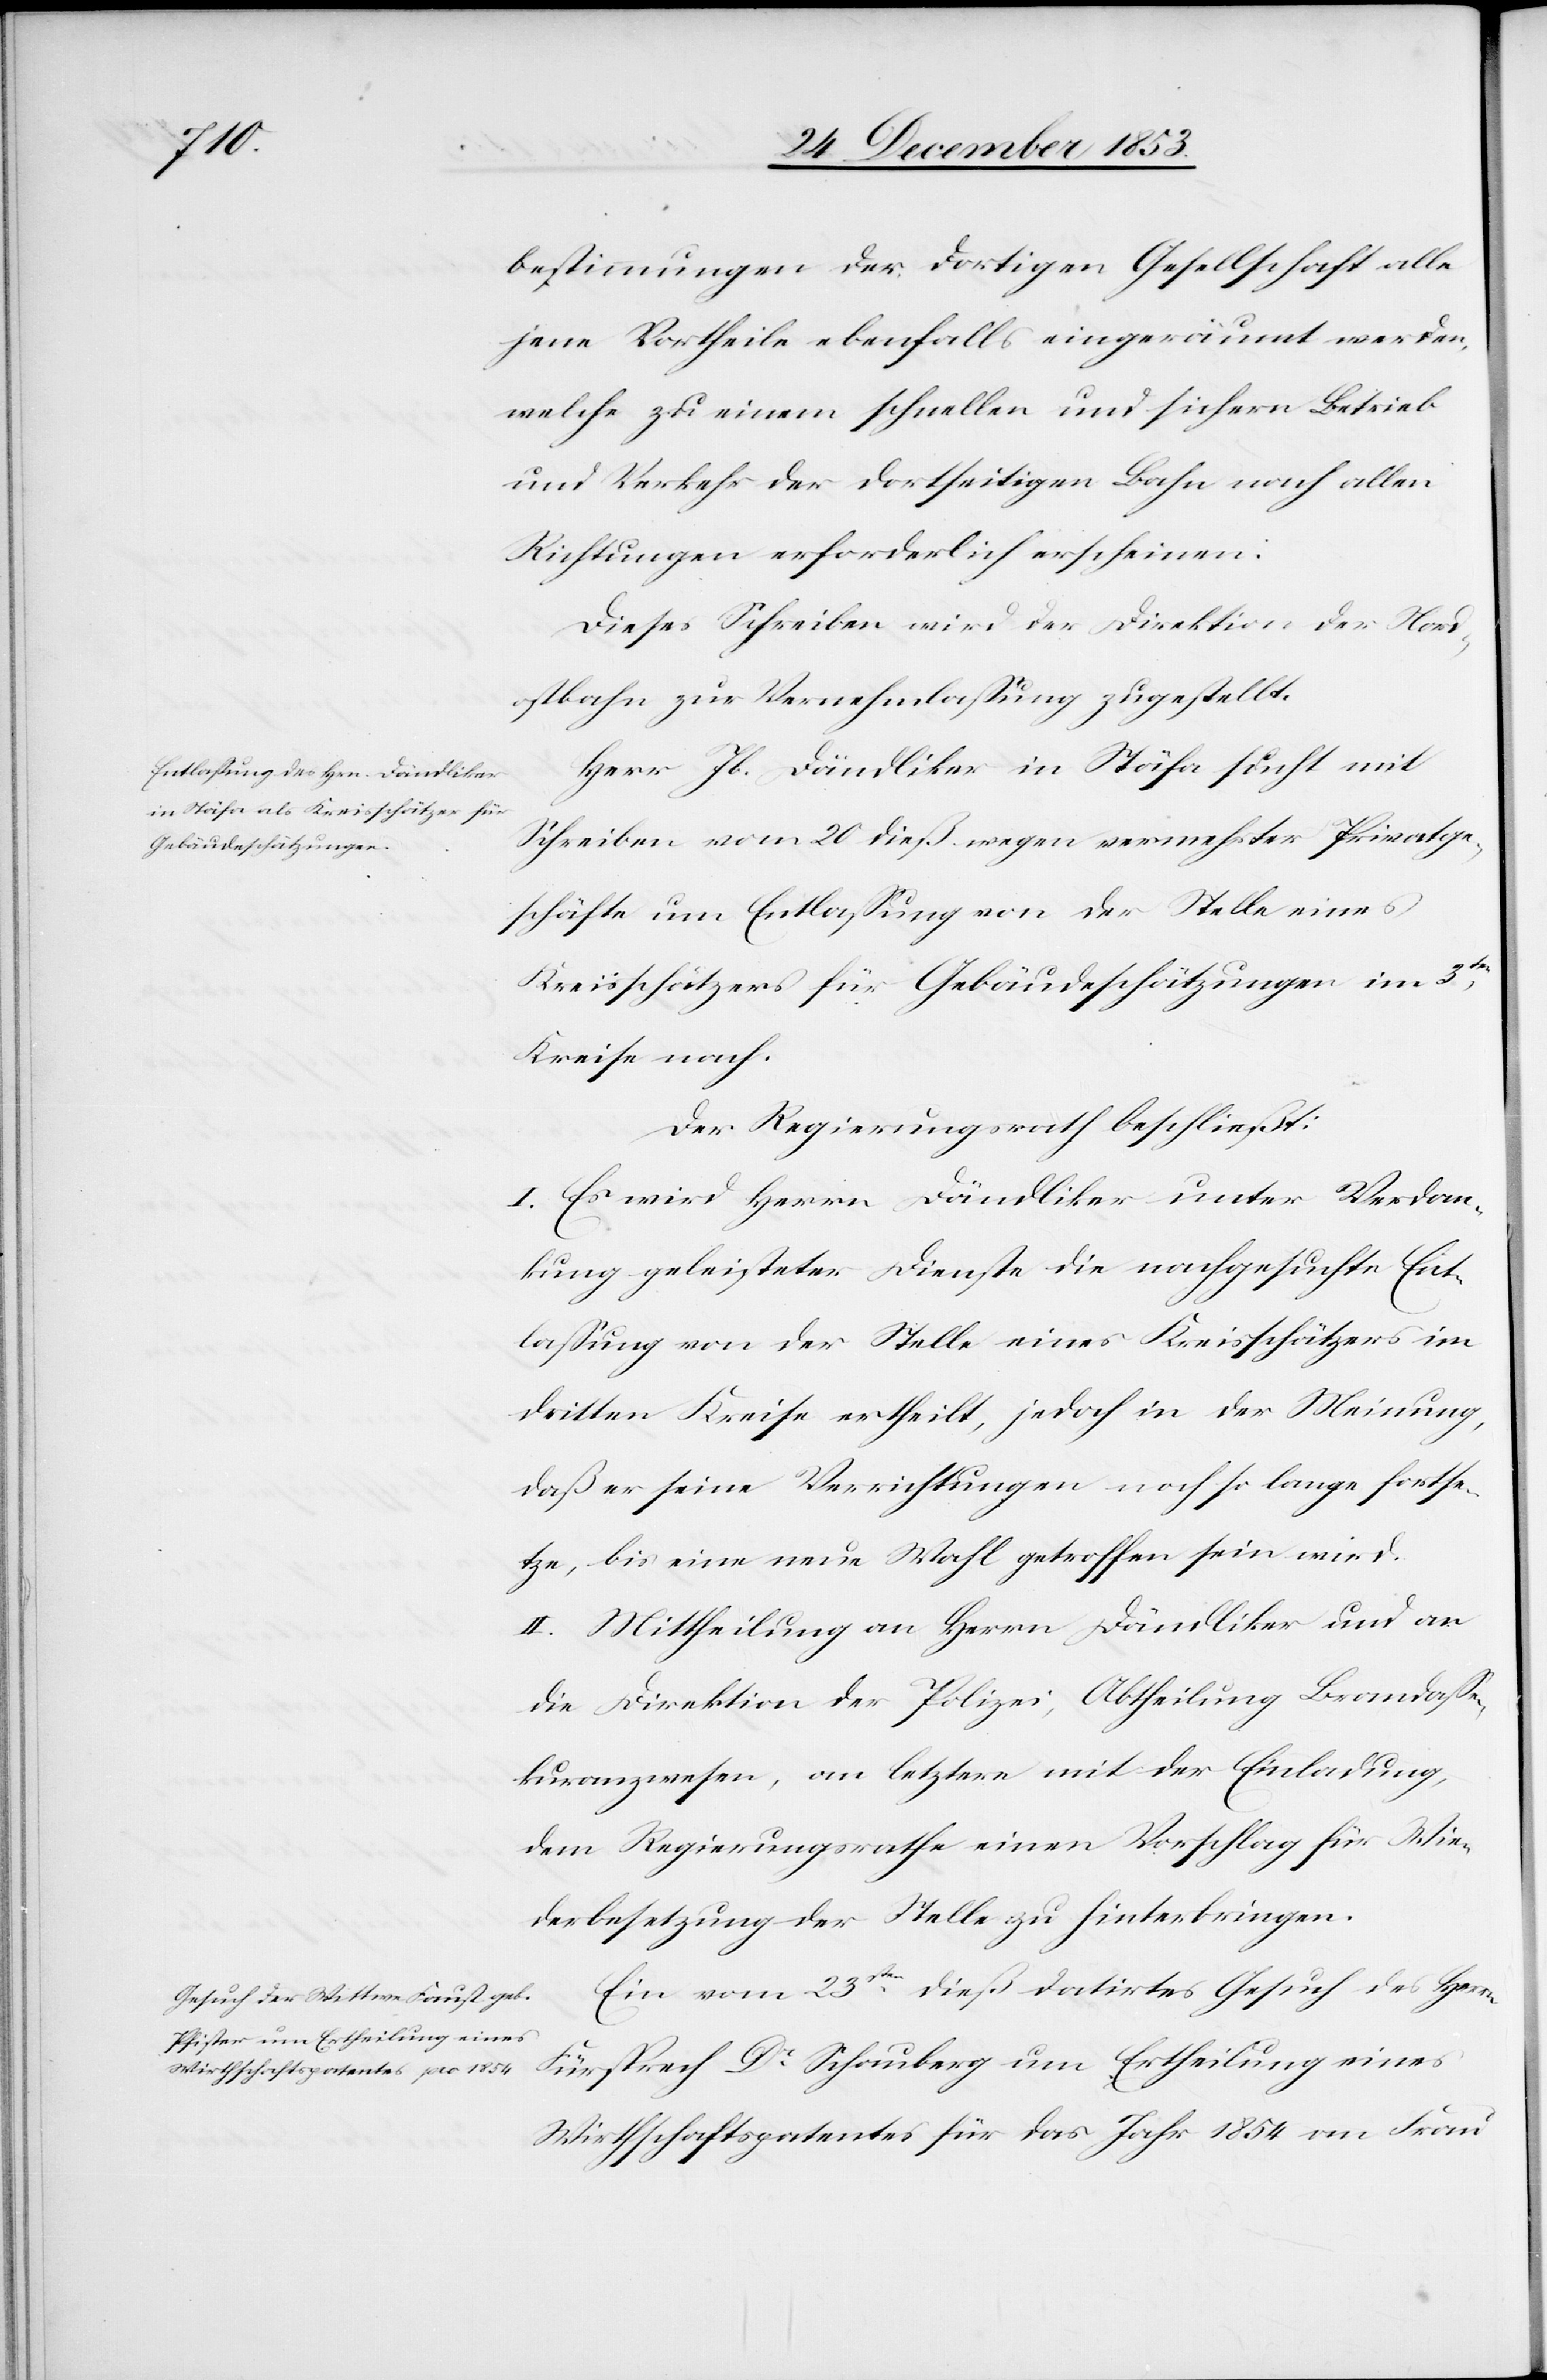
bestimmungen der dortigen Gesellschaft alle
jene Vortheile ebenfalls eingeräumt werden,
welche zu einem schnellen und sichern Betrieb
und Verkehr der dortseitigen Bahn nach allen
Richtungen erforderlich erscheinen:
Dieses Schreiben wird der Direktion der Nord¬
ostbahn zur Vernehmlaßung zugestellt.
Herr Jb. Dändliker in Stäfa sucht mit
Schreiben vom 20 dieß wegen vermehrter Privatge¬
schäfte um Entlaßung von der Stelle eines
Kreisschätzers für Gebäudeschätzungen im 3ten
Kreise nach.
Der Regierungsrath beschließt:
I. Es wird Herrn Dändliker unter Verdan¬
kung geleisteter Dienste die nachgesuchte Ent¬
laßung von der Stelle eines Kreisschätzers im
dritten Kreise ertheilt, jedoch in der Meinung,
daß er seine Verrichtungen noch so lange fortse¬
tze, bis eine neue Wahl getroffen sein wird.
II. Mittheilung an Herrn Dändliker und an
die Direktion der Polizei, Abtheilung Brandaße¬
kuranzwesen, an letztern mit der Einladung,
dem Regierungsrathe einen Vorschlag für Wie¬
derbesetzung der Stelle zu hinterbringen.
Ein vom 23sten dieß datirtes Gesuch des Herrn
Fürsprech Dr Schauberg um Ertheilung eines
Wirthschaftspatentes für das Jahr 1854 an Frau